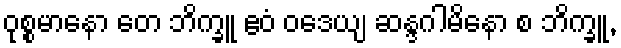
ဝုစ္စမာနော တေ ဘိက္ခူ ဧဝံ ဝဒေယျ ဆန္ဒဂါမိနော စ ဘိက္ခူ,